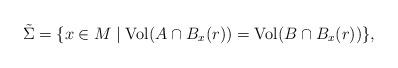
LaTeX: \begin{align*}\tilde \Sigma=\{x\in M \mid {\rm Vol}(A\cap B_x(r))={\rm Vol}(B\cap B_x(r)) \},\end{align*}